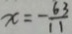
x = - \frac { 6 3 } { 1 1 }